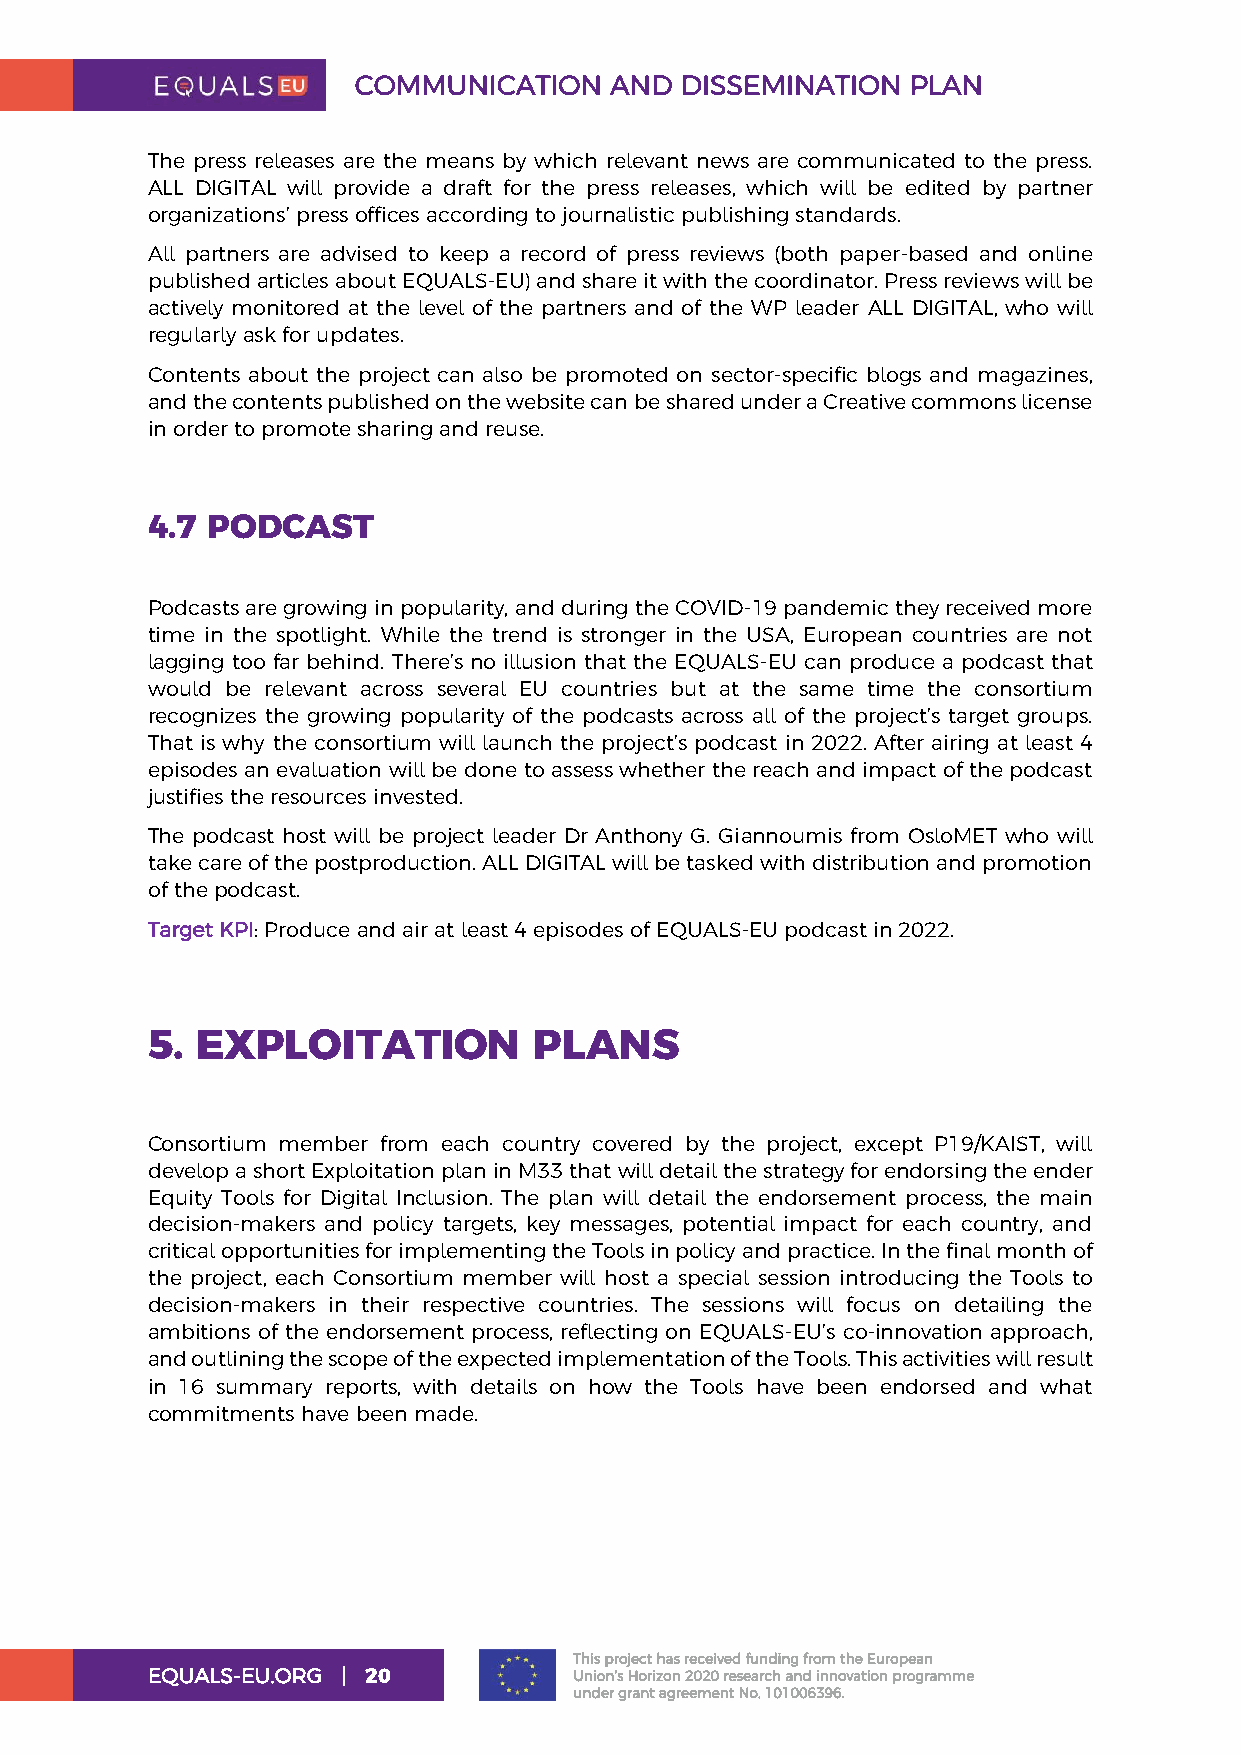
COMMUNICATION    AND  DISSEMINATION  PLAN
 The press releases are the means by which relevant news are communicated to the press.
 ALL DIGITAL will provide a draft for the press releases, which will be edited by partner
 organizations’ press offices according to journalistic publishing standards.
 All partners are advised to keep a record of press reviews (both paper-based and online
 published articles about EQUALS-EU) and share it with the coordinator. Press reviews will be
 actively monitored at the level of the partners and of the WP leader ALL DIGITAL, who will
 regularly ask for updates.
 Contents about the project can also be promoted on sector-specific blogs and magazines,
 and the contents published on the website can be shared under a Creative commons license
 in order to promote sharing and reuse.
 4.7 PODCAST
 Podcasts are growing in popularity, and during the COVID-19 pandemic they received more
 time in the spotlight. While the trend is stronger in the USA, European countries are not
 lagging too far behind. There’s no illusion that the EQUALS-EU can produce a podcast that
 would be relevant across several EU countries but at the same time the consortium
 recognizes the growing popularity of the podcasts across all of the project’s target groups.
 That is why the consortium will launch the project’s podcast in 2022. After airing at least 4
 episodes an evaluation will be done to assess whether the reach and impact of the podcast
 justifies the resources invested.
 The podcast host will be project leader Dr Anthony G. Giannoumis from OsloMET who will
 take care of the postproduction. ALL DIGITAL will be tasked with distribution and promotion
 of the podcast.
 Target KPI: Produce and air at least 4 episodes of EQUALS-EU podcast in 2022.
 5. EXPLOITATION          PLANS
 Consortium member from each country covered by the project, except P19/KAIST, will
 develop a short Exploitation plan in M33 that will detail the strategy for endorsing the ender
 Equity Tools for Digital Inclusion. The plan will detail the endorsement process, the main
 decision-makers and policy targets, key messages, potential impact for each country, and
 critical opportunities for implementing the Tools in policy and practice. In the final month of
 the project, each Consortium member will host a special session introducing the Tools to
 decision-makers in their respective countries. The sessions will focus on detailing the
 ambitions of the endorsement process, reflecting on EQUALS-EU’s co-innovation approach,
 and outlining the scope of the expected implementation of the Tools. This activities will result
 in 16 summary reports, with details on how the Tools have been endorsed and what
 commitments have been made.
 This project has received funding from the European
 EQUALS-EU.ORG | 20          Union’s Horizon 2020 research and innovation programme
 under grant agreement No. 101006396.